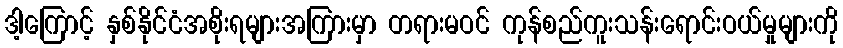
ဒါ့ကြောင့် နှစ်နိုင်ငံအစိုးရများအကြားမှာ တရားမဝင် ကုန်စည်ကူးသန်းရောင်းဝယ်မှုများကို